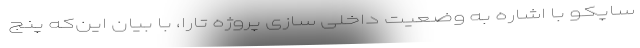
ساپکو با اشاره به وضعیت داخلی سازی پروژه تارا، با بیان این‌که پنج